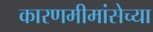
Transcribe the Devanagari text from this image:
कारणमीमांसेच्या